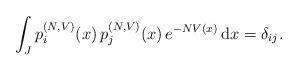
LaTeX: \begin{align*}\int_J p_i^{(N,V)}(x) \, p_j^{(N,V)}(x) \, e^{-NV(x)} \, \mathrm dx =\delta_{ij}.\end{align*}